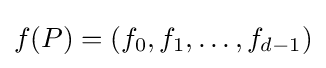
f(P)=(f_{0},f_{1},\ldots ,f_{d-1})